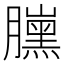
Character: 𦢜